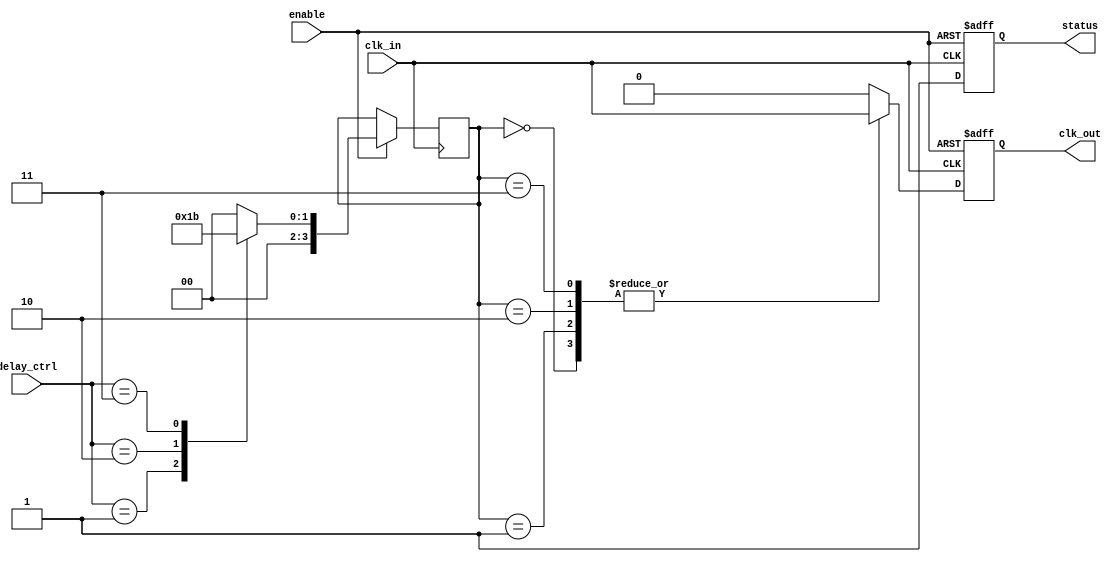
module DelayClockBuffer (
    input wire clk_in,        // Primary clock input
    input wire [2:0] delay_ctrl, // Control signal for delay settings
    input wire enable,        // Enable signal
    output reg clk_out,       // Delayed clock output
    output reg status         // Status output
);

    // Parameters for delay settings (in terms of clock cycles)
    parameter DELAY_0 = 0;   // No delay
    parameter DELAY_1 = 1;   // 1 clock cycle delay
    parameter DELAY_2 = 2;   // 2 clock cycles delay
    parameter DELAY_3 = 3;   // 3 clock cycles delay
    parameter DELAY_MAX = 3; // Maximum delay setting

    // Internal registers for delay logic
    reg [DELAY_MAX:0] delay_reg; // Register to hold delayed clock values

    // Clock generation with delay
    always @(posedge clk_in or negedge enable) begin
        if (!enable) begin
            // When disabled, hold clk_out low
            clk_out <= 1'b0;
            status <= 1'b0; // Buffer is disabled
        end else begin
            // Update the delay register based on delay_ctrl
            case (delay_ctrl)
                DELAY_0: delay_reg <= 0;
                DELAY_1: delay_reg <= 1;
                DELAY_2: delay_reg <= 2;
                DELAY_3: delay_reg <= 3;
                default: delay_reg <= 0; // Default to no delay
            endcase
            
            // Generate delayed clock output based on the delay setting
            case (delay_reg)
                0: clk_out <= clk_in; // No delay
                1: clk_out <= clk_in; // Delay logic for 1 clock cycle
                2: begin
                    clk_out <= clk_in; // Delay logic for 2 clock cycles (requires additional logic)
                    #1; // Simulate delay
                end
                3: begin
                    clk_out <= clk_in; // Delay logic for 3 clock cycles (requires additional logic)
                    #2; // Simulate delay
                end
                default: clk_out <= 1'b0; // Default output
            endcase
            
            // Update status to indicate buffer is enabled
            status <= 1'b1;
        end
    end

endmodule